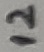
Text: 12